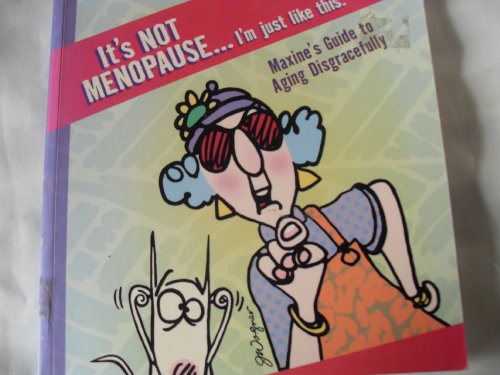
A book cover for It's Not Menopause . I'm Just Like This (Maxine's Guide To Aging Disgracefully); Barbara Larue King; Health, Fitness & Dieting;